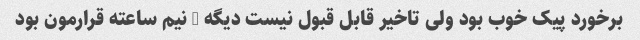
برخورد پیک خوب بود ولی تاخیر قابل قبول نیست دیگه … نیم ساعته قرارمون بود